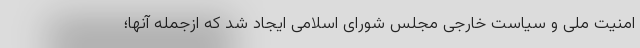
امنیت ملی و سیاست خارجی مجلس شورای اسلامی ایجاد شد که ازجمله آنها؛